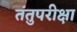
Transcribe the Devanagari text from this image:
तंतुपरीक्षा